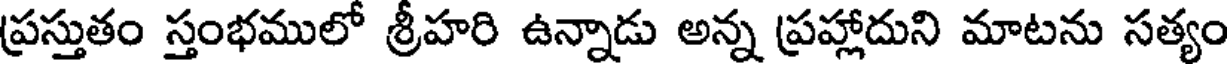
ప్రస్తుతం స్తంభములో శ్రీహరి ఉన్నాడు అన్న ప్రహ్లాదుని మాటను సత్యం